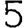
Digit: 5